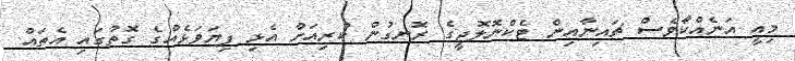
މިއީ އަނެއްކާވެސް ޗައިނާއިން ޓެކްނޮލޮޖީގެ ރޮނގުން ކުރިއަށް އެޅި ފިޔަވަޅެއްގެ ގޮތުގައި އެތައް